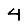
Digit: 4